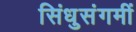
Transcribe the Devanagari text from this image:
सिंधुसंगमीं